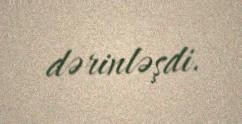
dərinləşdi.